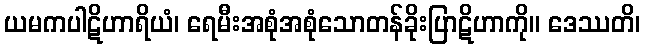
ယမကပါဋိဟာရိယံ၊ ရေမီးအစုံအစုံသောတန်ခိုးပြာဋိဟာကို။ ဒေဿတိ၊